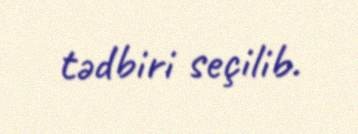
tədbiri seçilib.